65_HS1-834228961_62-HQ-83894_Section_8
Agency: FBI
Page 98
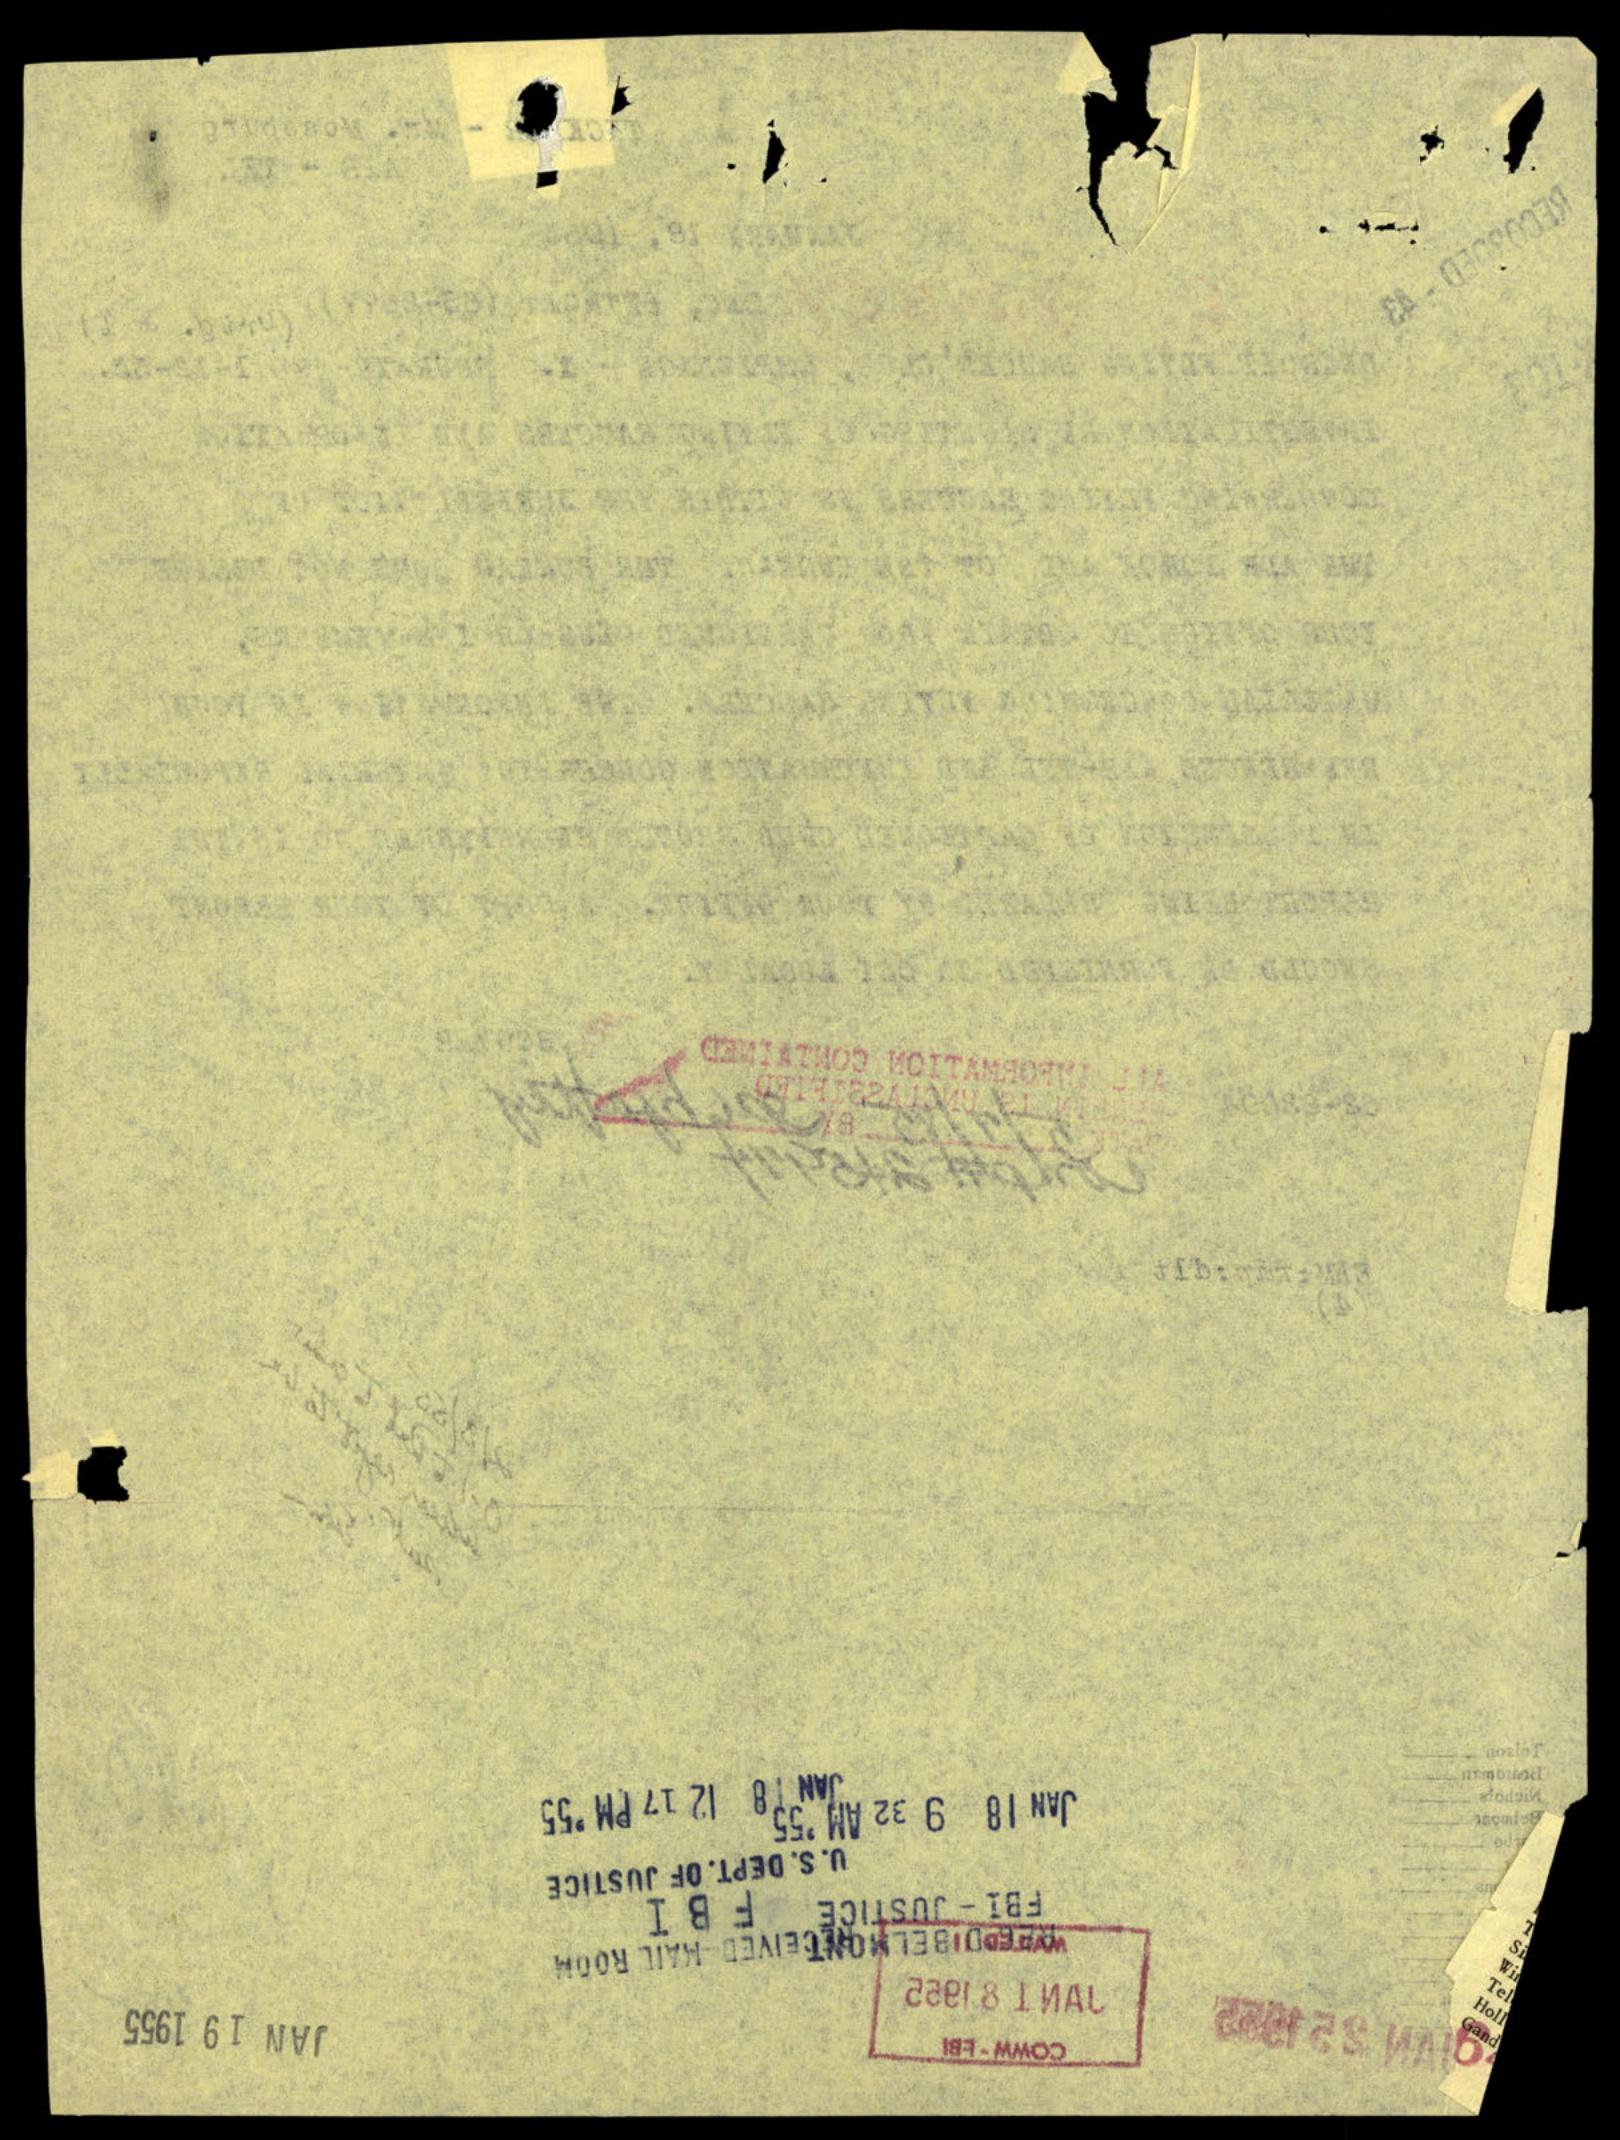